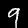
Label: 9